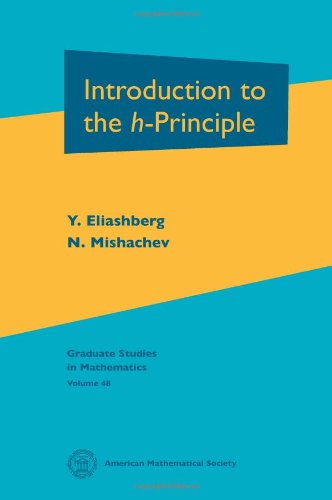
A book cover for Introduction to the $h$-Principle (Graduate Studies in Mathematics, V 48); Y. Eliashberg; Science & Math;